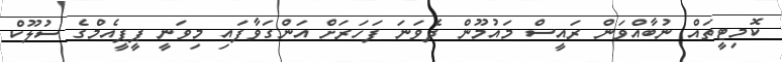
ކޮމިޓީތައް ނުބާއްވަން ރައީސް މައުމޫން ދެވަނަ ފަހަރަށް އަންގަވާފައި މިވަނީ ޕީޕީއެމްގެ ސުލޫކް